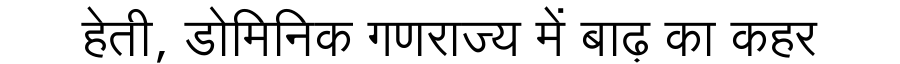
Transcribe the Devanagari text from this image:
हेती, डोमिनिक गणराज्य में बाढ़ का कहर